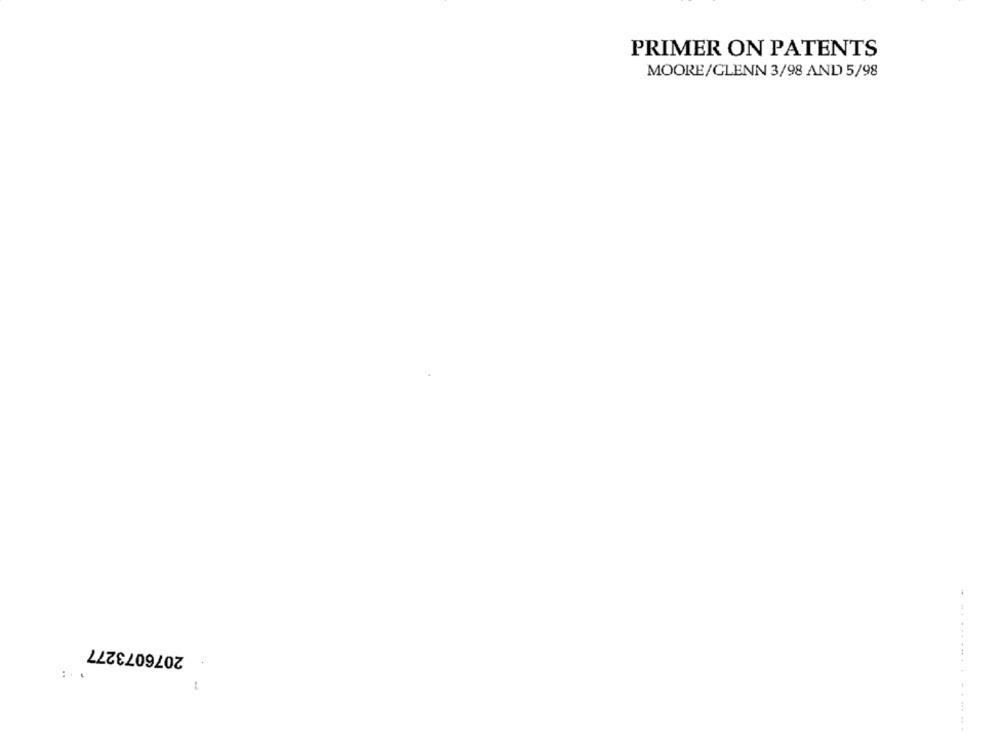
PRIMER ON PATENTS
MOORE/GLENN 3/98 AND 5/98
2076073277
1